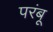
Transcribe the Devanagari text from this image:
परंबू